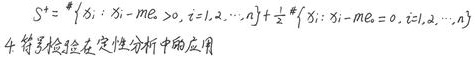
\[
S^{+}=\#\{ x_{i}:x_{i}-m_{e}\geq 0,i = 1,2,\cdots,n\} +\frac{1}{2}\#\{ x_{i}:x_{i}-m_{e}=0,i = 1,2,\cdots,n\}
\]
4 符号检验在定性分析中的应用